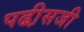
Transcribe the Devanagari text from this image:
पढी़सजी